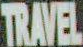
TRAVEL